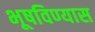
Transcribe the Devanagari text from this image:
भूषविण्यास